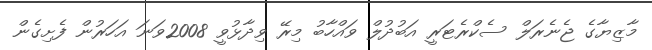
މާޒިޔާގެ ޖެނެރަލް ސެކްރެޓަރީ އަބުދުލް ވައްހާބު މިރޭ ވިދާޅުވީ 2008ވަނަ އަހަރުން ފެށިގެން